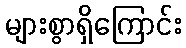
များစွာရှိကြောင်း